Annual report of the Punjab Veterinary College and of the Civil Veterinary Department, Punjab - 1894-1908
Year: 1894
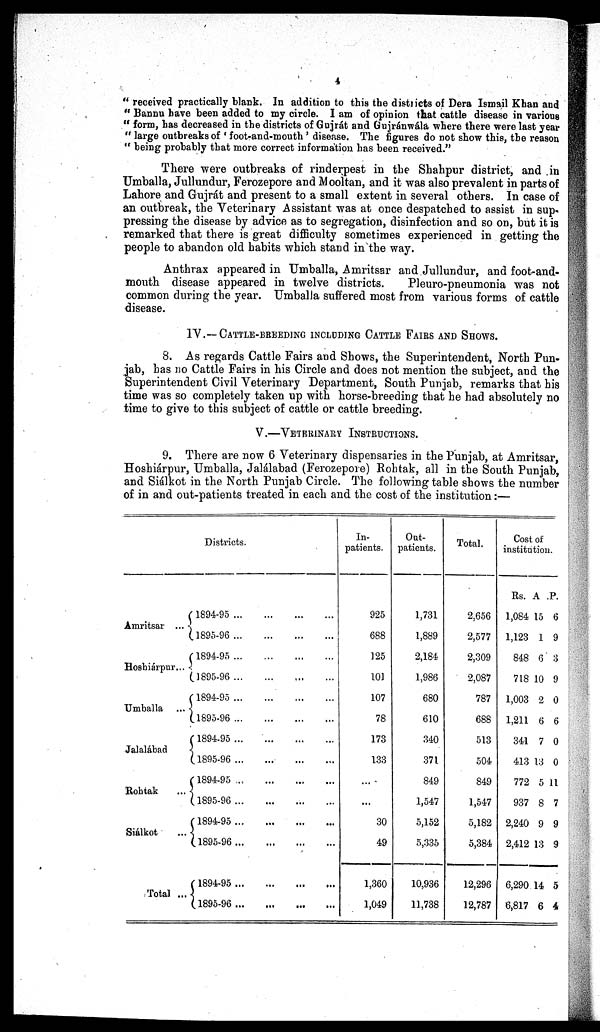
4
"received practically blank. In addition to this the districts of Dera Ismail Khan and
"Bannu have been added to my circle. I am of opinion that cattle disease in various
"form, has decreased in the districts of Gujrát and Gujránwála where there were last year
"large outbreaks of 'foot-and-mouth' disease. The figures do not show this, the reason
"being probably that more correct information has been received."
There were outbreaks of rinderpest in the Shahpur district, and in
Umballa, Jullundur, Ferozepore and Mooltan, and it was also prevalent in parts of
Lahore and Gujrát and present to a small extent in several others. In case of
an outbreak, the Veterinary Assistant was at once despatched to assist in sup-
pressing the disease by advice as to segregation, disinfection and so on, but it is
remarked that there is great difficulty sometimes experienced in getting the
people to abandon old habits which stand in the way.
Anthrax appeared in Umballa, Amritsar and Jullundur, and foot-and-
mouth disease appeared in twelve districts.
Pleuro-pneumonia was not
common during the year. Umballa suffered most from various forms of cattle
disease.
IV.--CATTLE-BREEDING INCLUDING CATTLE FAIRS AND SHOWS.
8. As regards Cattle Fairs and Shows, the Superintendent, North Pun-
jab, has no Cattle Fairs in his Circle and does not mention the subject, and the
Superintendent Civil Veterinary Department, South Punjab, remarks that bis
time was so completely taken up with horse-breeding that he had absolutely no
time to give to this subject of cattle or cattle breeding.
V.—VETERINARY INSTRUCTIONS.
9. There are now 6 Veterinary dispensaries in the Punjab, at Amritsar,
Hoshiárpur, Umballa, Jalalabad (Ferozepore) Rohtak, all in the South Punjab,
and Siálkot in the North Punjab Circle. The following table shows the number
of in and out-patients treated in each and the cost of the institution:—
Amritsar ...
Hoshiárpur...
Umballa ...
Jalalábad
Rohtak ...
Siálkot ...
Total ...
Districts.
1894-95 ... ... ... ... ...
1895-96
...
...
...
...
1894-95
...
...
...
...
1895-96 ... ... ... ... ...
1894-95 ... ... ... ...
1895-96
...
...
...
...
1894-95
...
...
...
...
1895-96
...
...
...
...
1894-95 ... ... ... ... ...
1895-96
...
...
...
1894-95
...
...
...
...
1895-96
...
...
...
...
1894-95
...
...
...
...
1895-96
...
...
...
In-
patients.
925
688
125
101
107
78
173
133
...
...
30
49
1,360
1,049
Oat-
patients.
1,731
1,889
2,184
1,986
680
610
340
371
849
1,547
5,152
5,335
10,936
11,738
Total.
2,656
2,577
2,309
2,087
787
688
513
504
849
1,547
5,182
5,384
12,296
12,787
Cost of
institution.
Rs.
1,084
1,123
848
718
1,003
1,211
341
413
772
937
2,240
2,412
6,290
6,817
A
15
1
6
10
2
6
7
13
5
8
9
13
14
6
P.
6
9
3
9
0
6
0
0
11
7
9
9
5
4